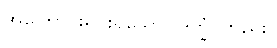
အကြောင်းရင်းရှိသော။ ဒုက္ခံ၊ တည်း။